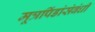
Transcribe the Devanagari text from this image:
मूत्रपिंडांसंबंधी